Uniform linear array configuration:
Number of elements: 12
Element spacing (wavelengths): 0.5
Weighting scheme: cosine
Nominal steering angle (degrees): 0
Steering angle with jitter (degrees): -1.412
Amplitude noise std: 0.05
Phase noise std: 0.05

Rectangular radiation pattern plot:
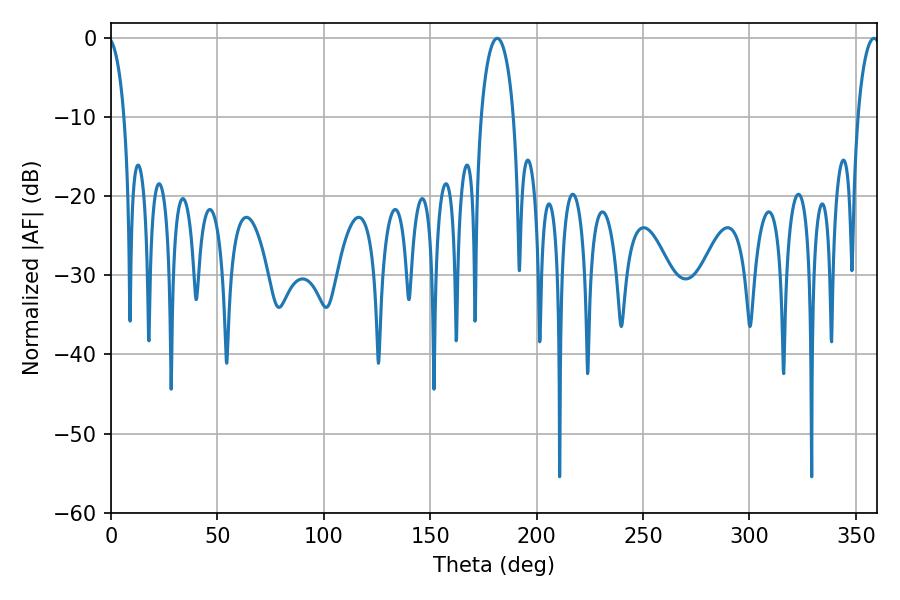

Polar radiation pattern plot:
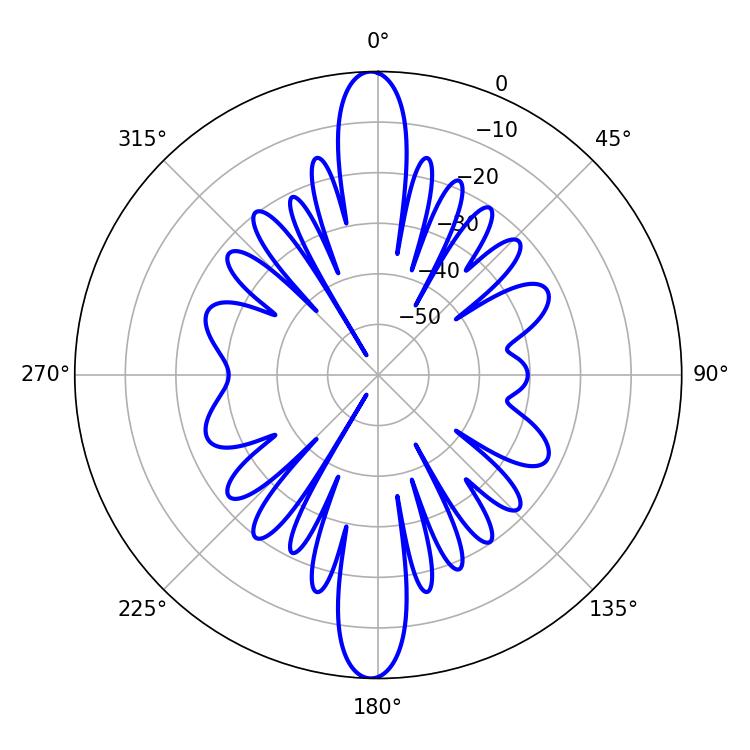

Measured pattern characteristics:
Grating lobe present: FALSE
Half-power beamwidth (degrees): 8.82
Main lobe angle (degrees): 181.44